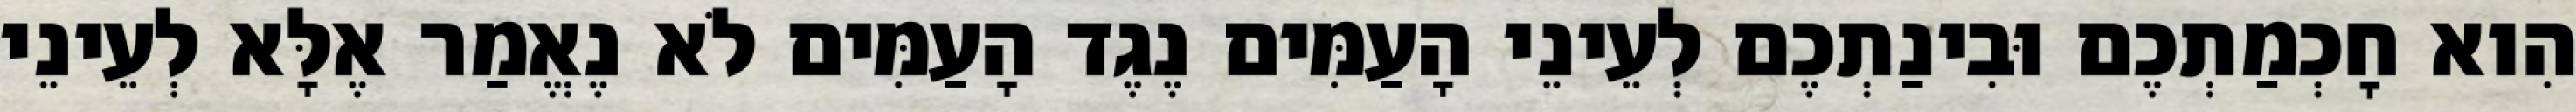
הִוא חׇכְמַתְכֶם וּבִינַתְכֶם לְעֵינֵי הָעַמִּים נֶגֶד הָעַמִּים לֹא נֶאֱמַר אֶלָּא לְעֵינֵי